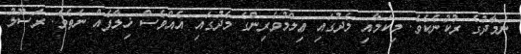
ނަމާދުގެ ރުކުނެކެވެ. މިކަމާއި މެދުގައި ޢިލްމުވެރިންގެ މެދުގައި އެއްވެސް ޚިލާފެއް ނެތެވެ. ރަސޫލު